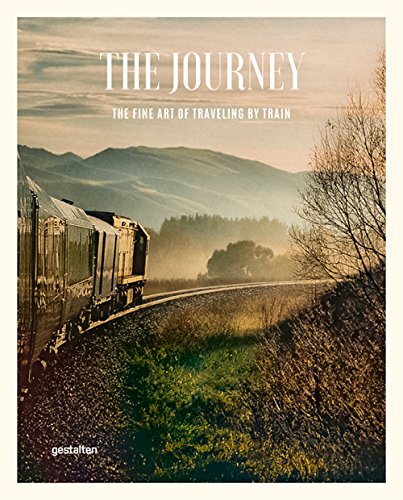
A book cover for The Journey: The Fine Art of Traveling by Train; Engineering & Transportation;